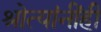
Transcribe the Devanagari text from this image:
श्रोत्यांनींही